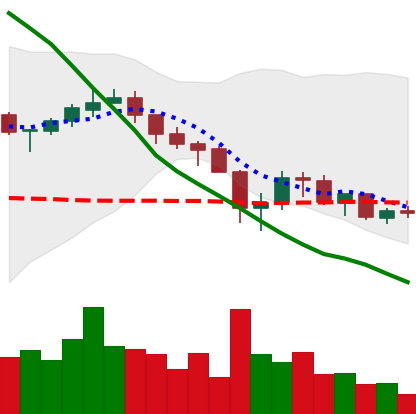
Ticker: XRP-USD
Chart end date: 2018-05-19
Forward return: -6.608%
Label: down_5_7